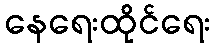
နေရေးထိုင်ရေး